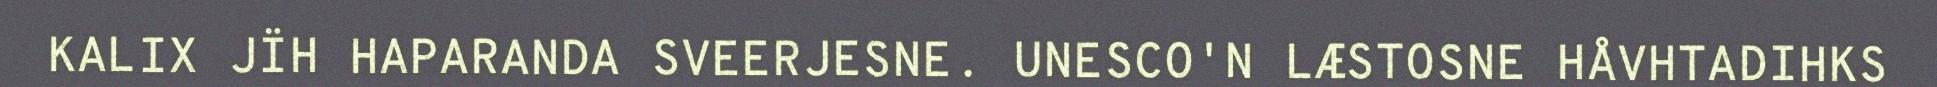
KALIX JÏH HAPARANDA SVEERJESNE. UNESCO'N LÆSTOSNE HÅVHTADIHKS